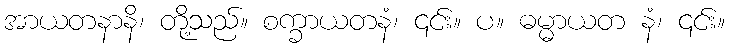
အာယတနာနိ၊ တို့သည်။ စက္ခာယတနံ၊ ၎င်း။ ပ။ ဓမ္မာယတ နံ၊ ၎င်း။